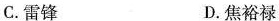
C.雷锋D.焦裕禄